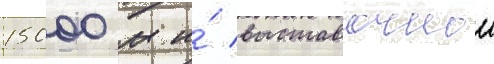
15000 м и́ выставочнои